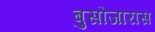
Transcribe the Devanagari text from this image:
बुसोजारास